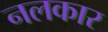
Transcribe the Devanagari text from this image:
नलकार